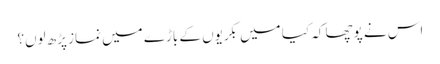
اس نے پوچھا کہ کیا میں بکریوں کے باڑے میں نماز پڑھ لوں؟